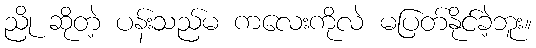
ညို ဆိုတဲ့ ပန်းသည်မ ကလေးကိုလဲ မပြတ်နိုင်ခဲ့ဘူး။